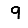
Digit: 9